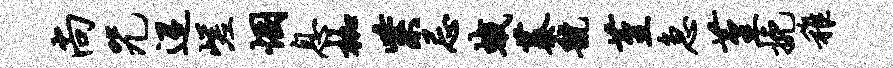
尚咒迢嵯悃息枷紫忌蛾蓁虢堇急堇挽稚